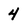
Character: 4